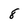
Character: 8